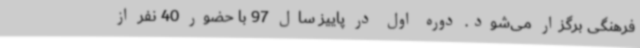
فرهنگی برگزار می‌شود. دوره اول در پاییز سال 97 با حضور 40 نفر از